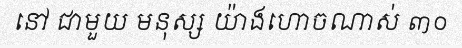
នៅ ជាមួយ មនុស្ស យ៉ាងហោចណាស់ ៣០